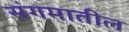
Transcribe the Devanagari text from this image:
संगमातील